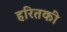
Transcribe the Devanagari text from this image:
हरितकी